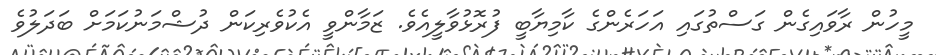
މީހުން ރާވައިގެން ގަސްތުގައި އަހަރެންގެ ކާމިޔާބީ ފުރޮޅުވާލީއެވެ. ޒަމާންވީ އެކުވެރިކަން ދުޝްމަނުކަމަށް ބަދަލުވެ